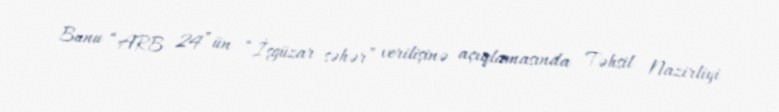
Bunu “ARB 24”ün “İşgüzar səhər” verilişinə açıqlamasında Təhsil Nazirliyi